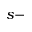
s -